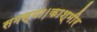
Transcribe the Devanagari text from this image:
समस्या।काश्मीर